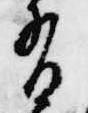
有